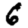
Digit: 6